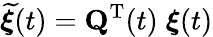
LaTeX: \widetilde{{\boldsymbol\xi}}(t)={\mathbf Q}^{{\mathrm T}}(t)\; {\boldsymbol\xi}(t)